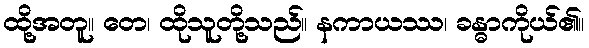
ထို့အတူ။ တေ၊ ထိုသူတို့သည်။ နကာယဿ၊ ခန္ဓာကိုယ်၏။